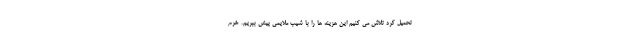
تحمیل کرد تلاش می کنیم این هزینه ها را با شیب ملایمی پیش ببریم. خرم